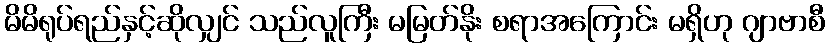
မိမိရုပ်ရည်နှင့်ဆိုလျှင် သည်လူကြီး မမြတ်နိုး စရာအကြောင်း မရှိဟု ဂျာဗာစီ